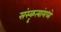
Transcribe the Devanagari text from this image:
संस्कॄत्यांमध्ये